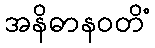
အနိဓာနဝတိံ